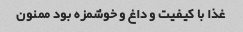
غذا با کیفیت و داغ و خوشمزه بود ممنون